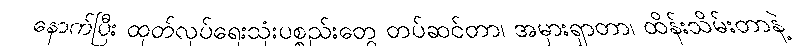
နောက်ပြီး ထုတ်လုပ်ရေးသုံးပစ္စည်းတွေ တပ်ဆင်တာ၊ အမှားရှာတာ၊ ထိန်းသိမ်းတာနဲ့